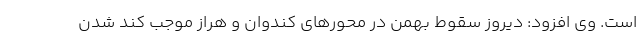
است. وی افزود: دیروز سقوط بهمن در محورهای کندوان و هراز موجب کند شدن